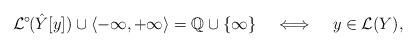
LaTeX: \begin{align*}\mathcal{L}^{\circ}\mkern-1.8mu(\mkern.2mu\hat{Y}\mkern-.2mu[y])\cup \left<-\infty, +\infty\right> = {\mathbb{Q}} \cup \{\infty\}\;\;\;\iff\;\;\;y\in \mathcal{L}(Y),\end{align*}